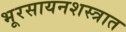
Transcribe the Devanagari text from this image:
भूरसायनशस्त्रात